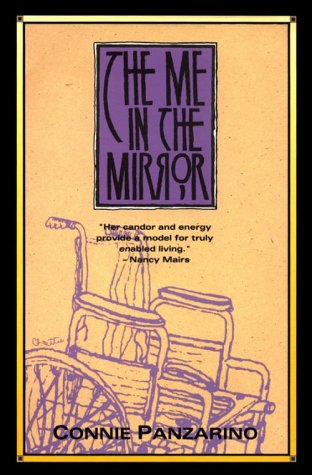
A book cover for The Me in the Mirror; Connie Panzarino; Gay & Lesbian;